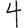
Digit: 4